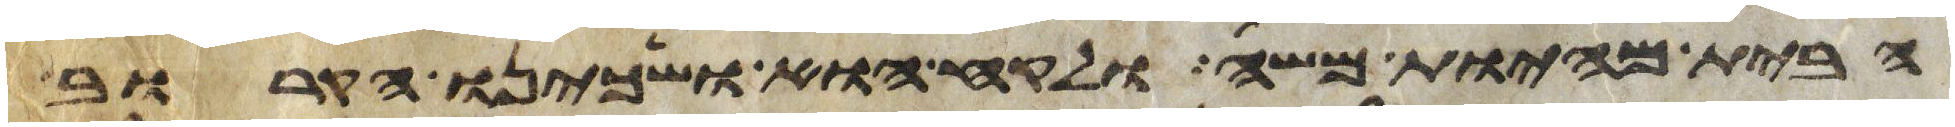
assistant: הבית מהיות משה ולקח הוא ושכינו הקרוב